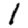
Digit: 1